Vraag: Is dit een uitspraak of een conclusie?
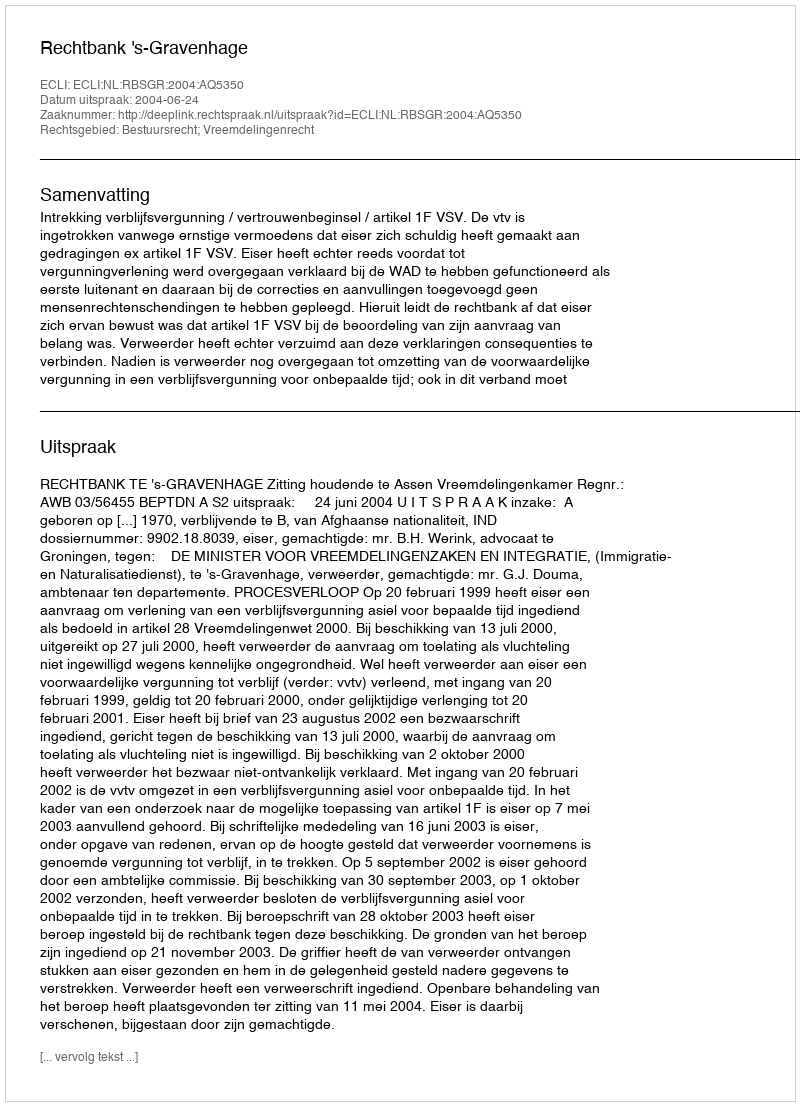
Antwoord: Uitspraak